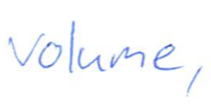
Text: volume,
Cross-out: clean
Writing tool: ballpoint